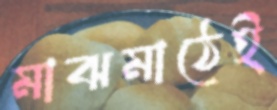
মাঝমাঠেই